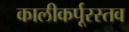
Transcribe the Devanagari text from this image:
कालीकर्पूरस्तव